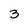
Character: 3